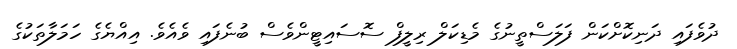
ދުވެފައި ދަނިކޮށްކަން ފަލަސްތީނުގެ މެޑިކަލް ރިލީފް ސޮސައިޓީންވެސް ބުނެފައި ވެއެވެ. އިއްޔެގެ ހަމަލާތަކުގެ